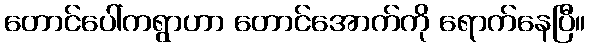
တောင်ပေါ်ကရွာဟာ တောင်အောက်ကို ရောက်နေပြီ။